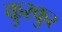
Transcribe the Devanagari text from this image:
कुरकुर